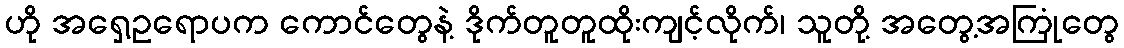
ဟို အရှေ့ဥရောပက ကောင်တွေနဲ့ ဒိုက်တူတူထိုးကျင့်လိုက်၊ သူတို့ အတွေ့အကြုံတွေ